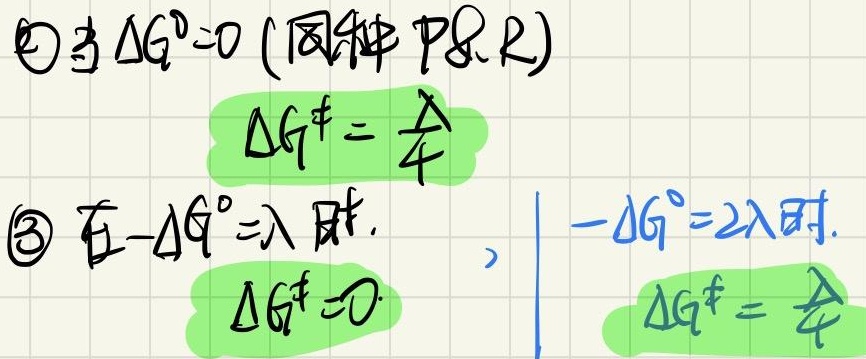
\textcircled{2}当 $\Delta G^{0}=0$ (同种 P\&R)
\[
\Delta G^{\ddagger} = \frac{\lambda}{4}
\]
\textcircled{3}在 $-\Delta G^{0}=\lambda$ 时, \qquad ，$-\Delta G^{0}=2\lambda$ 时.
\[
\Delta G^{\ddagger} = 0 \qquad \Delta G^{\ddagger} = \frac{\lambda}{4}
\]